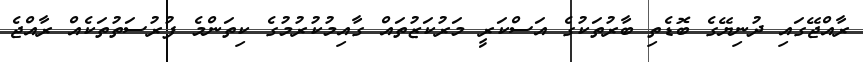
ރާއްޖޭގައި ދުނިޔޭގެ ބޮޑެތި ބާރުތަކުގެ އަސްކަރީ މަރުކަޒުތައް ގާއިމުކުރުމުގެ ކިތަންމެ ފުރުސަތުތަކެއް ރާއްޖެ